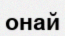
онай